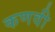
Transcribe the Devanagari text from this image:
कणवी